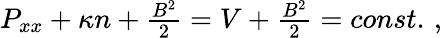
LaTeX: \begin{array}{r}{P_{xx}+\kappa n+\frac{B^{2}}{2}=V+\frac{B^{2}}{2}=const.\, ,}\end{array}